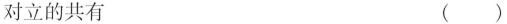
对立的共有 （）